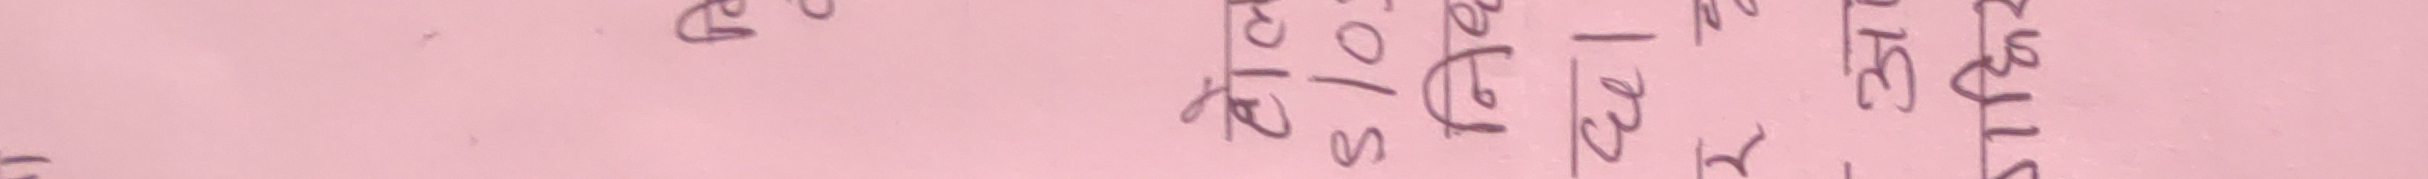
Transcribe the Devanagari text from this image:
४६५८३२३९१